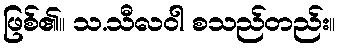
ဖြစ်၏။ သ.သီလဝါ စသည်တည်း။